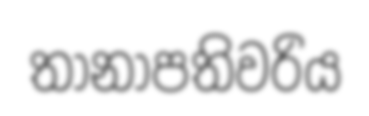
තානාපතිවරිය